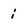
Character: i